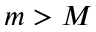
m > M